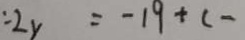
: 2 y = - 1 9 + ( -